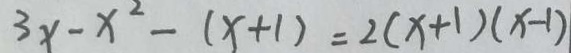
3 x - x ^ { 2 } - ( x + 1 ) = 2 ( x + 1 ) ( x - 1 )